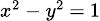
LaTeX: \scriptstyle x^{2}\ -\ y^{2}\ =\ 1